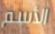
الأسم